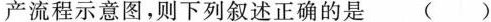
产流程示意图，则下列叙述正确的是 ( )